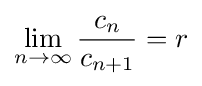
\lim _{n\rightarrow \infty }{\frac {c_{n}}{c_{n+1}}}=r